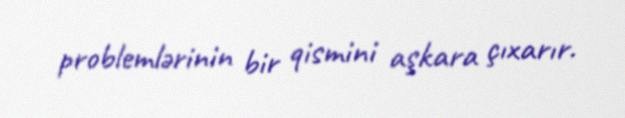
problemlərinin bir qismini aşkara çıxarır.